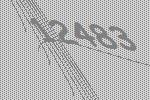
12483